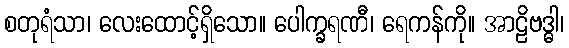
စတုရံသာ၊ လေးထောင့်ရှိသော။ ပေါက္ခရဏီ၊ ရေကန်ကို။ အာဠိဗဒ္ဓါ၊